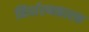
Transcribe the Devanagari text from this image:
निर्धारणकारक